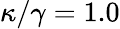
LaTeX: \kappa/\gamma=1.0